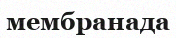
мембранада